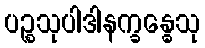
ပဉ္စသုပါဒါနက္ခန္ဓေသု